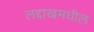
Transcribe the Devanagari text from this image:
लद्दाखमधील